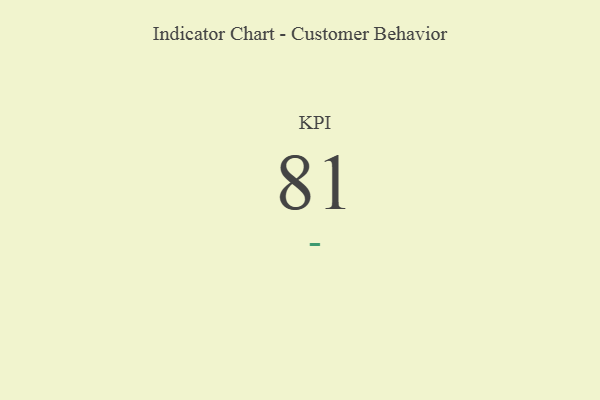
{"axis": {"x": "KPI", "y": "Value"}, "legend": [""], "data": [{"x": "KPI", "y": 81, "type": ""}]}